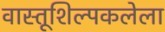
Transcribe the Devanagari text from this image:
वास्तूशिल्पकलेला